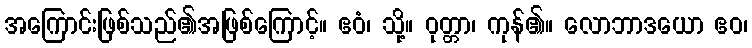
အကြောင်းဖြစ်သည်၏အဖြစ်ကြောင့်။ ဧဝံ၊ သို့။ ဝုတ္တာ၊ ကုန်၏။ လောဘာဒယော ဧဝ၊